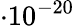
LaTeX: \cdot 10^{-20}